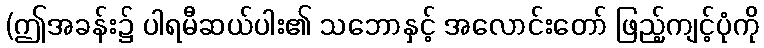
(ဤအခန်း၌ ပါရမီဆယ်ပါး၏ သဘောနှင့် အလောင်းတော် ဖြည့်ကျင့်ပုံကို